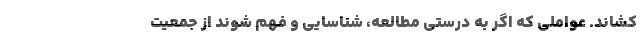
کشاند. عواملی که اگر به درستی مطالعه، شناسایی و فهم شوند از جمعیت